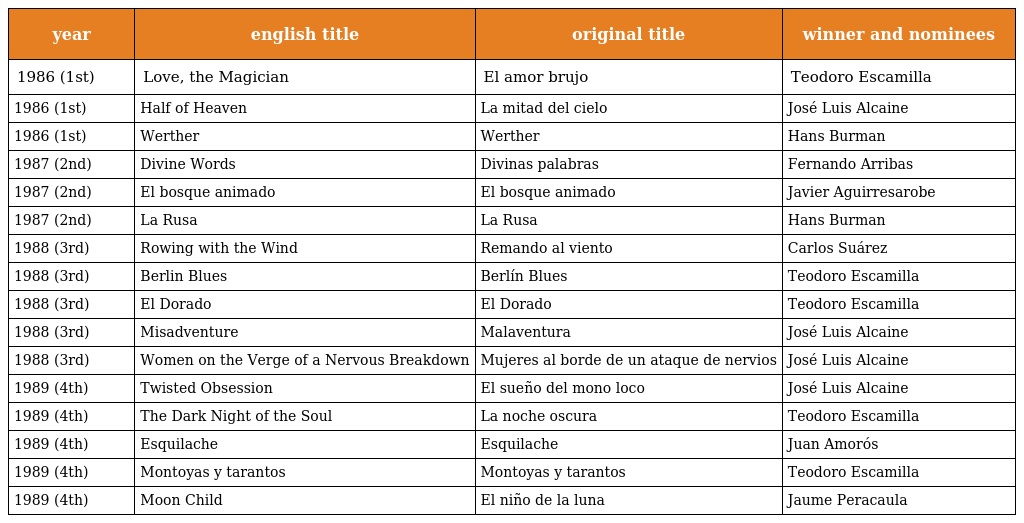
| year | english title | original title | winner and nominees |
 | --- | --- | --- | --- |
 | 1986 (1st) | Love, the Magician | El amor brujo | Teodoro Escamilla |
 | 1986 (1st) | Half of Heaven | La mitad del cielo | José Luis Alcaine |
 | 1986 (1st) | Werther | Werther | Hans Burman |
 | 1987 (2nd) | Divine Words | Divinas palabras | Fernando Arribas |
 | 1987 (2nd) | El bosque animado | El bosque animado | Javier Aguirresarobe |
 | 1987 (2nd) | La Rusa | La Rusa | Hans Burman |
 | 1988 (3rd) | Rowing with the Wind | Remando al viento | Carlos Suárez |
 | 1988 (3rd) | Berlin Blues | Berlín Blues | Teodoro Escamilla |
 | 1988 (3rd) | El Dorado | El Dorado | Teodoro Escamilla |
 | 1988 (3rd) | Misadventure | Malaventura | José Luis Alcaine |
 | 1988 (3rd) | Women on the Verge of a Nervous Breakdown | Mujeres al borde de un ataque de nervios | José Luis Alcaine |
 | 1989 (4th) | Twisted Obsession | El sueño del mono loco | José Luis Alcaine |
 | 1989 (4th) | The Dark Night of the Soul | La noche oscura | Teodoro Escamilla |
 | 1989 (4th) | Esquilache | Esquilache | Juan Amorós |
 | 1989 (4th) | Montoyas y tarantos | Montoyas y tarantos | Teodoro Escamilla |
 | 1989 (4th) | Moon Child | El niño de la luna | Jaume Peracaula |